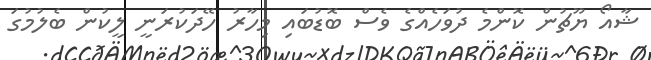
ޝާއޯ ޔޫޗުން ކޮންމެ ދުވަހެއްގެ ވެސް ބޮޑުބައި މިހާރު ހޭދަކުރަނީ ލީކުން ބެލުމުގަ